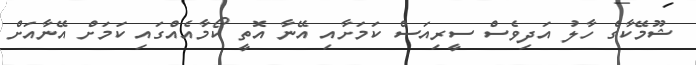
ޝޫމޭކާގެ ހާލު އަދިވެސް ސީރިއަސް ކަމަށާއި އޭނާ އޮތީ ކޯމާއެއްގައި ކަމަށް އޭނާއަށް